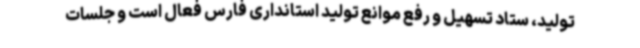
تولید، ستاد تسهیل و رفع موانع تولید استانداری فارس فعال است و جلسات